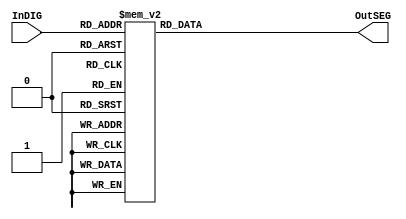
`timescale 1ns / 1ps

module SEG8_LUT(OutSEG,InDIG);
    input [3:0] InDIG;
    output reg [7:0] OutSEG;
always@(InDIG)
begin
    case(InDIG)
        4'h1:OutSEG = 8'b1111_1001;
        4'h2:OutSEG = 8'b1010_0100;
        4'h3:OutSEG = 8'b1011_0000;
        4'h4:OutSEG = 8'b1001_1001;
        4'h5:OutSEG = 8'b1001_0010;
        4'h6:OutSEG = 8'b1000_0010;
        4'h7:OutSEG = 8'b1111_1000;
        4'h8:OutSEG = 8'b1000_0000;
        4'h9:OutSEG = 8'b1001_1000;
        4'ha:OutSEG = 8'b1000_1000;
        4'hb:OutSEG = 8'b1000_0011;
        4'hc:OutSEG = 8'b1100_0110;
        4'hd:OutSEG = 8'b1010_0001;
        4'he:OutSEG = 8'b1000_0110;
        4'hf:OutSEG = 8'b1000_1110;
        4'h0:OutSEG = 8'b1100_0000;
    endcase             
end
endmodule